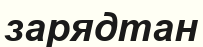
зарядтан